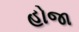
હોજા